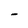
Character: H